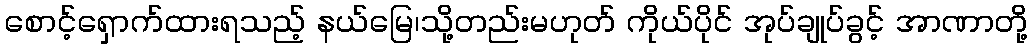
စောင့်ရှောက်ထားရသည့် နယ်မြေ၊သို့တည်းမဟုတ် ကိုယ်ပိုင် အုပ်ချုပ်ခွင့် အာဏာတို့